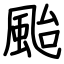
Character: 颱